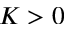
K > 0